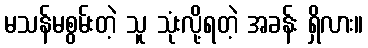
မသန်မစွမ်းတဲ့ သူ သုံးလို့ရတဲ့ အခန်း ရှိလား။